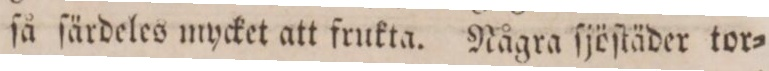
ſå ſärdeles mycket att frukta. Några ſjöſtäder tor=